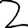
Digit: 2